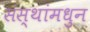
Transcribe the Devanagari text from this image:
संस्थांमधुन